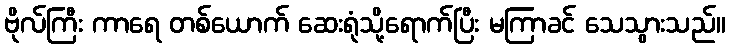
ဗိုလ်ကြီး ကာရေ တစ်ယောက် ဆေးရုံသို့ရောက်ပြီး မကြာခင် သေသွားသည်။